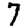
Digit: 7